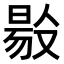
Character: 𠭲